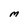
Character: M